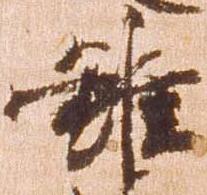
雖